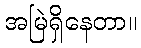
အမြဲရှိနေတာ။